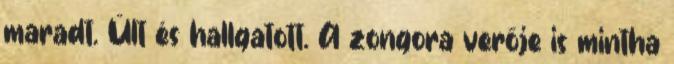
maradt. Ült és hallgatott. A zongora verője is mintha